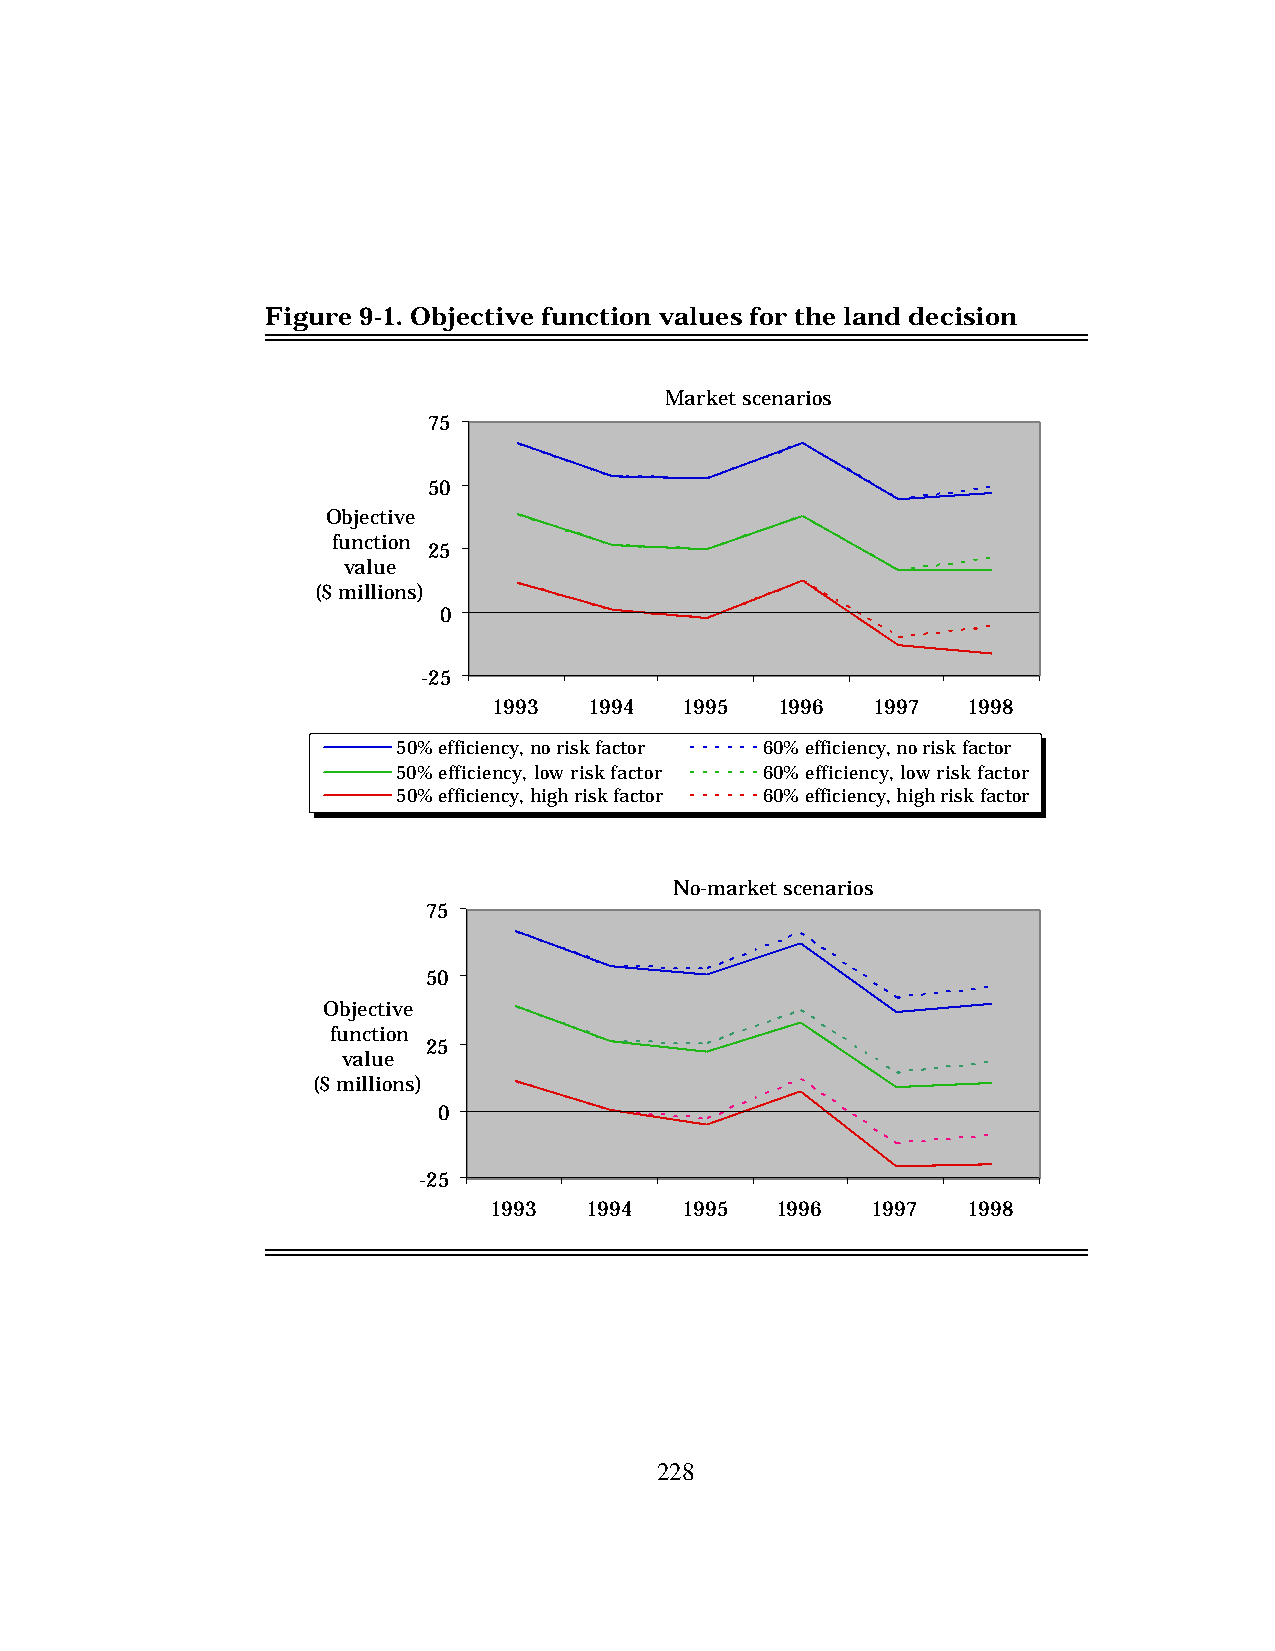
Figure 9-1. Objective function values for the land decision
 Market scenarios
 75
 50
 Objective
 function
 25
 value
 ($ millions)
 0
 -25
 1993  1994  1995  1996   1997  1998
 50% efficiency, no risk factor 60% efficiency, no risk factor
 50% efficiency, low risk factor 60% efficiency, low risk factor
 50% efficiency, high risk factor 60% efficiency, high risk factor
 No-market scenarios
 75
 50
 Objective
 function
 25
 value
 ($ millions)
 0
 -25
 1993   1994  1995  1996   1997  1998
 228